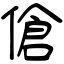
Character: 傖